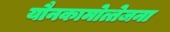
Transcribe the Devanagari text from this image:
यौनकामोत्तेजना